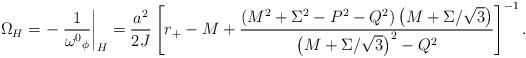
LaTeX: \begin{align*}\Omega_H = -\left.{1\over{\omega^0}_\phi}\right|_H = {a^2\over 2J}\left[r_{+} -M +{\left(M^2+\Sigma^2-P^2-Q^2\right)\left(M+\Sigma/\sqrt{3}\right)\over\left(M+\Sigma/\sqrt{3}\right)^2-Q^2}\right]^{-1}.\end{align*}